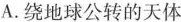
A.绕地球公转的天体